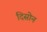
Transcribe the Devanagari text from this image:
दिसोन